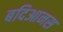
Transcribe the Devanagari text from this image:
बदिआनस